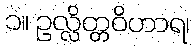
၁။ ဥလ္လိတ္တဝိဟာရ၊